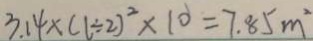
3 . 1 4 \times ( 1 \div 2 ) ^ { 2 } \times 1 0 = 7 . 8 5 m ^ { 2 }